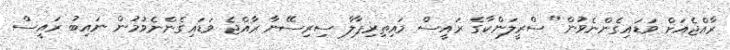
ރާއްޖެއަށް ވަޑައިގެންނެވުން" ސްރީލަންކާގެ ރައީސް މައިތިރިޕާލާ ސިރިސޭނާ ރާއްޖެ ވަޑައިގެންނެވުމުން ނައިބު ރައީސް